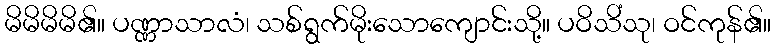
မိမိမိမိ၏။ ပဏ္ဏာသာလံ၊ သစ်ရွက်မိုးသောကျောင်းသို့။ ပဝိသိံသု၊ ဝင်ကုန်၏။